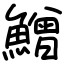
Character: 鱛